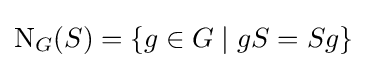
\mathrm {N} _{G}(S)=\{g\in G\mid gS=Sg\}